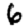
Digit: 6